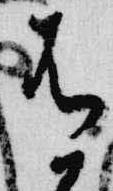
有